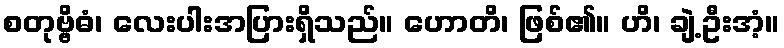
စတုဗ္ဗိဓံ၊ လေးပါးအပြားရှိသည်။ ဟောတိ၊ ဖြစ်၏။ ဟိ၊ ချဲ့ဦးအံ့။